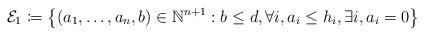
LaTeX: \begin{align*}\mathcal E_1 \coloneqq \left\{ (a_1,\ldots,a_n,b) \in \mathbb N^{n+1} : b\leq d, \forall i, a_i \leq h_i, \exists i, a_i=0 \right\}\end{align*}